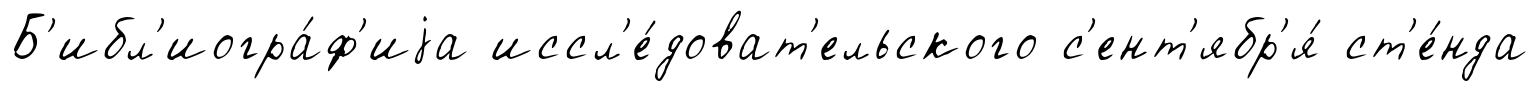
Б'ибл'иогра́ф'иjа иссл'е́доват'ельского с'ент'ябр'я́ ст'е́нда